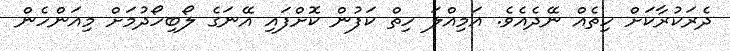
ދެރަކުރާކަށް ހިތެއް ނޭދެއެވެ. އަމިއްލަ ހިތް ކަފުން ކޮށްފައި އޭނަގެ ލޯބިހޯދުމަށް މިއަންހެން